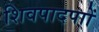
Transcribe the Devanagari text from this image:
शिवपादपाों